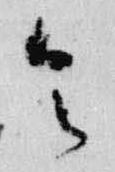
令